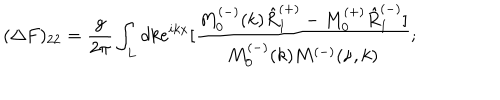
( \Delta F ) _ { 2 2 } = \frac { g } { 2 \pi } \int _ { L } d k e ^ { i k x } [ \frac { M _ { 0 } ^ { ( - ) } ( k ) \hat { R } _ { 1 } ^ { ( + ) } - M _ { 0 } ^ { ( + ) } \hat { R } _ { 1 } ^ { ( - ) } ] } { M _ { 0 } ^ { ( - ) } ( k ) M ^ { ( - ) } ( \nu , k ) } ;